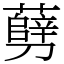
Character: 㔑